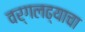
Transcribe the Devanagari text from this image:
वर्गलढ्याचा